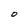
Character: O